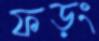
ফড়ং